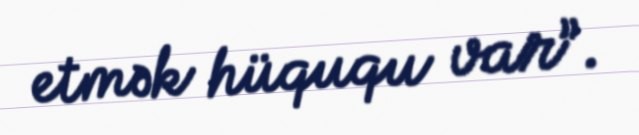
etmək hüququ var”.